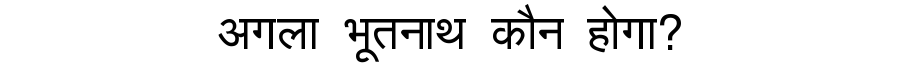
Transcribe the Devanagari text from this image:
अगला भूतनाथ कौन होगा?